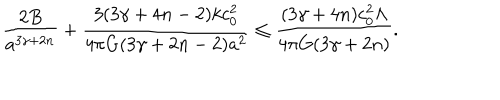
LaTeX: { \frac { 2 B } { a ^ { 3 \gamma + 2 n } } } + { \frac { 3 ( 3 \gamma + 4 n - 2 ) k c _ { 0 } ^ { 2 } } { 4 \pi G ( 3 \gamma + 2 n - 2 ) a ^ { 2 } } } \leq { \frac { ( 3 \gamma + 4 n ) c _ { 0 } ^ { 2 } \Lambda } { 4 \pi G ( 3 \gamma + 2 n ) } } .